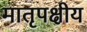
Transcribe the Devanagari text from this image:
मातृपक्षीय